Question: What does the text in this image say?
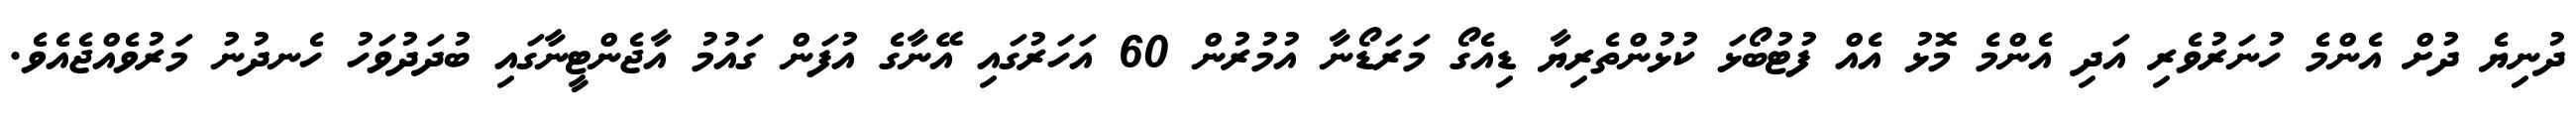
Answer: ދުނިޔެ ދުށް އެންމެ ހުނަރުވެރި އަދި އެންމެ މޮޅު އެއް ފުޓުބޯޅަ ކުޅުންތެރިޔާ ޑިއެގޯ މަރަޑޯނާ އުމުރުން 60 އަހަރުގައި އޭނާގެ އުފަން ގައުމު އާޖެންޓީނާގައި ބުދަދުވަހު ހެނދުނު މަރުވެއްޖެއެވެ.